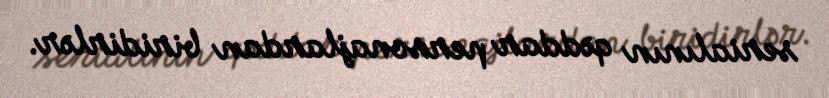
serialının qəddar personajlardan biridirlər.